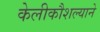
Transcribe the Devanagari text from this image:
केलीकौशल्याने